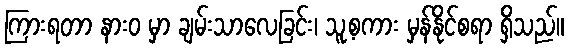
ကြားရတာ နားဝ မှာ ချမ်းသာလေခြင်း၊ သူ့စကား မှန်နိုင်စရာ ရှိသည်။